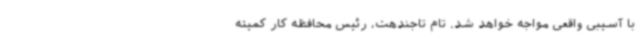
با آسیبی واقعی مواجه خواهد شد. تام تاجندهت، رئیس محافظه کار کمیته